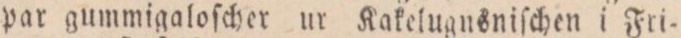
par gummigaloſcher ur Kakelugnsniſchen i Fri-